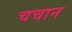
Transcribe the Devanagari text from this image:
चचान